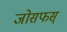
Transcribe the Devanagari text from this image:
जोसफस्